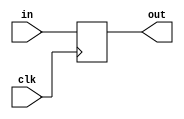
module coreir_reg #(
    parameter width = 1,
    parameter clk_posedge = 1,
    parameter init = 1
) (
    input clk,
    input [width-1:0] in,
    output [width-1:0] out
);
  reg [width-1:0] outReg=init;
  wire real_clk;
  assign real_clk = clk_posedge ? clk : ~clk;
  always @(posedge real_clk) begin
    outReg <= in;
  end
  assign out = outReg;
endmodule

module Mux2xNone (
    input I0,
    input I1,
    input S,
    output O
);
reg [0:0] coreir_commonlib_mux2x1_inst0_out;
always @(*) begin
if (S == 0) begin
    coreir_commonlib_mux2x1_inst0_out = I0;
end else begin
    coreir_commonlib_mux2x1_inst0_out = I1;
end
end

assign O = coreir_commonlib_mux2x1_inst0_out[0];
endmodule

module DFF_init0_has_ceFalse_has_resetFalse_has_async_resetFalse (
    input I,
    output O,
    input CLK
);
wire [0:0] reg_P_inst0_out;
coreir_reg #(
    .clk_posedge(1'b1),
    .init(1'h0),
    .width(1)
) reg_P_inst0 (
    .clk(CLK),
    .in(I),
    .out(reg_P_inst0_out)
);
assign O = reg_P_inst0_out[0];
endmodule

module Register2 (
    input [1:0] I,
    output [1:0] O,
    input CLK
);
wire DFF_init0_has_ceFalse_has_resetFalse_has_async_resetFalse_inst0_O;
wire DFF_init0_has_ceFalse_has_resetFalse_has_async_resetFalse_inst1_O;
DFF_init0_has_ceFalse_has_resetFalse_has_async_resetFalse DFF_init0_has_ceFalse_has_resetFalse_has_async_resetFalse_inst0 (
    .I(I[0]),
    .O(DFF_init0_has_ceFalse_has_resetFalse_has_async_resetFalse_inst0_O),
    .CLK(CLK)
);
DFF_init0_has_ceFalse_has_resetFalse_has_async_resetFalse DFF_init0_has_ceFalse_has_resetFalse_has_async_resetFalse_inst1 (
    .I(I[1]),
    .O(DFF_init0_has_ceFalse_has_resetFalse_has_async_resetFalse_inst1_O),
    .CLK(CLK)
);
assign O = {DFF_init0_has_ceFalse_has_resetFalse_has_async_resetFalse_inst1_O,DFF_init0_has_ceFalse_has_resetFalse_has_async_resetFalse_inst0_O};
endmodule

module PISO2 (
    input SI,
    input [1:0] PI,
    input LOAD,
    output O,
    input CLK
);
wire Mux2xNone_inst0_O;
wire Mux2xNone_inst1_O;
wire [1:0] Register2_inst0_O;
Mux2xNone Mux2xNone_inst0 (
    .I0(SI),
    .I1(PI[0]),
    .S(LOAD),
    .O(Mux2xNone_inst0_O)
);
Mux2xNone Mux2xNone_inst1 (
    .I0(Register2_inst0_O[0]),
    .I1(PI[1]),
    .S(LOAD),
    .O(Mux2xNone_inst1_O)
);
wire [1:0] Register2_inst0_I;
assign Register2_inst0_I = {Mux2xNone_inst1_O,Mux2xNone_inst0_O};
Register2 Register2_inst0 (
    .I(Register2_inst0_I),
    .O(Register2_inst0_O),
    .CLK(CLK)
);
assign O = Register2_inst0_O[1];
endmodule